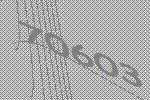
70603